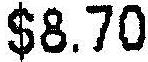
$8.70